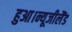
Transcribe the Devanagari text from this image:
हुआ।न्यूजीलैंड